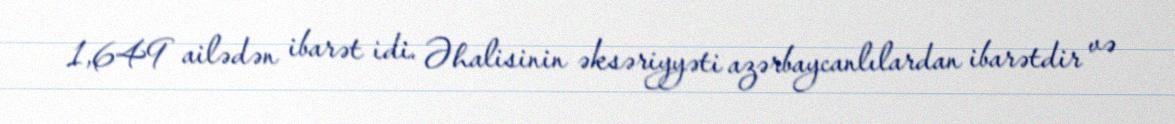
1,649 ailədən ibarət idi. Əhalisinin əksəriyyəti azərbaycanlılardan ibarətdir və